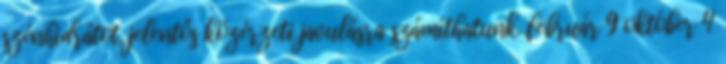
szénhidrátot, jelentős közérzeti javulásra számíthatunk. február 9 október 4